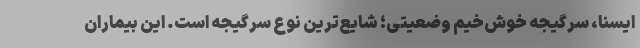
ایسنا، سرگیجه خوش‌خیم وضعیتی؛ شایع‌ترین نوع سرگیجه است. این بیماران